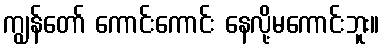
ကျွန်တော် ကောင်းကောင်း နေလို့မကောင်းဘူး။